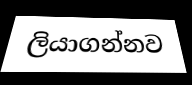
ලියාගන්නව